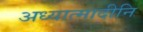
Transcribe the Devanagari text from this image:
अध्यात्मादीनि